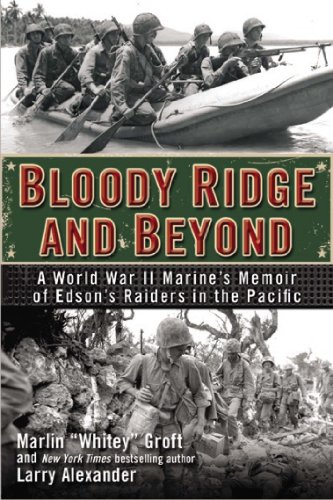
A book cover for Bloody Ridge and Beyond: A World War II Marine's Memoir of Edson's Raiders in the Pacific; Marlin Groft; History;